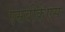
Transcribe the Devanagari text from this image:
एसवीकेएस